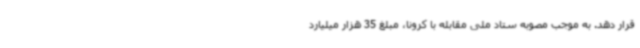
قرار دهد. به موجب مصوبه ستاد ملی مقابله با کرونا، مبلغ 35 هزار میلیارد